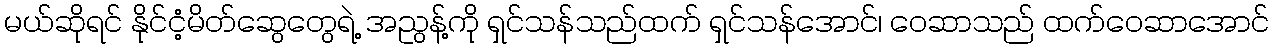
မယ်ဆိုရင် နိုင်ငံ့မိတ်ဆွေတွေရဲ့ အညွန့်ကို ရှင်သန်သည်ထက် ရှင်သန်အောင်၊ ဝေဆာသည် ထက်ဝေဆာအောင်